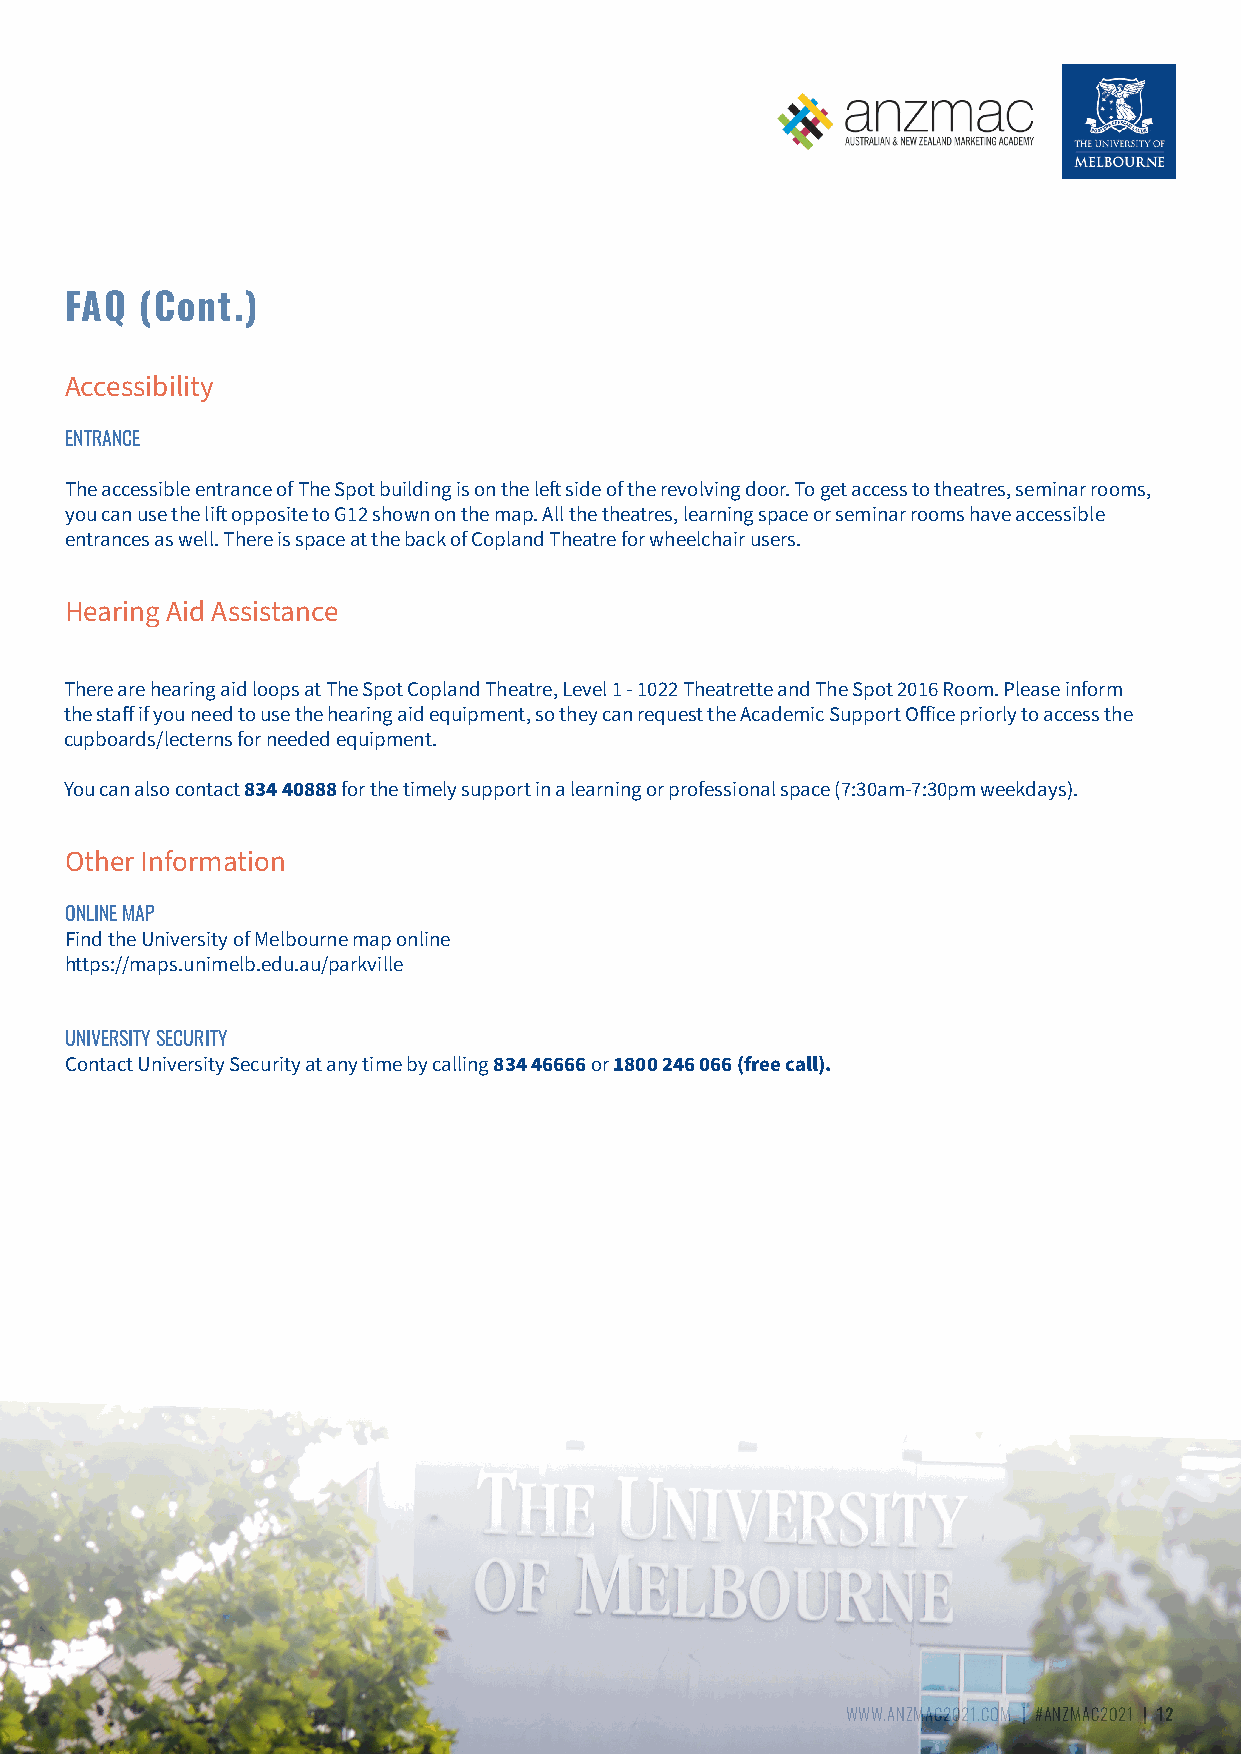
FAQ  (Cont.)
 Accessibility
 ENTRANCE
 The accessible entrance of The Spot building is on the left side of the revolving door. To get access to theatres, seminar rooms,
 you can use the lift opposite to G12 shown on the map. All the theatres, learning space or seminar rooms have accessible
 entrances as well. There is space at the back of Copland Theatre for wheelchair users.
 Hearing Aid Assistance
 There are hearing aid loops at The Spot Copland Theatre, Level 1 - 1022 Theatrette and The Spot 2016 Room. Please inform
 the staff if you need to use the hearing aid equipment, so they can request the Academic Support Office priorly to access the
 cupboards/lecterns for needed equipment.
 You can also contact 834 40888 for the timely support in a learning or professional space (7:30am-7:30pm weekdays).
 Other Information
 ONLINE MAP
 Find the University of Melbourne map online
 https://maps.unimelb.edu.au/parkville
 UNIVERSITY SECURITY
 Contact University Security at any time by calling 834 46666 or 1800 246 066 (free call).
 WWW.ANZMAC2021.COM | #ANZMAC2021 | 12